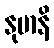
နုမာနိ